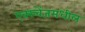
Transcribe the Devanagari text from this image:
एक्स्चेंजमधील